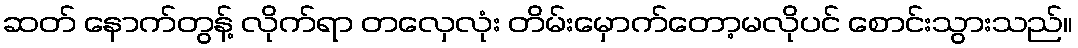
ဆတ် နောက်တွန့် လိုက်ရာ တလှေလုံး တိမ်းမှောက်တော့မလိုပင် စောင်းသွားသည်။